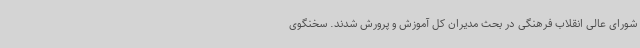
شورای عالی انقلاب فرهنگی در بحث مدیران کل آموزش و پرورش شدند. سخنگوی